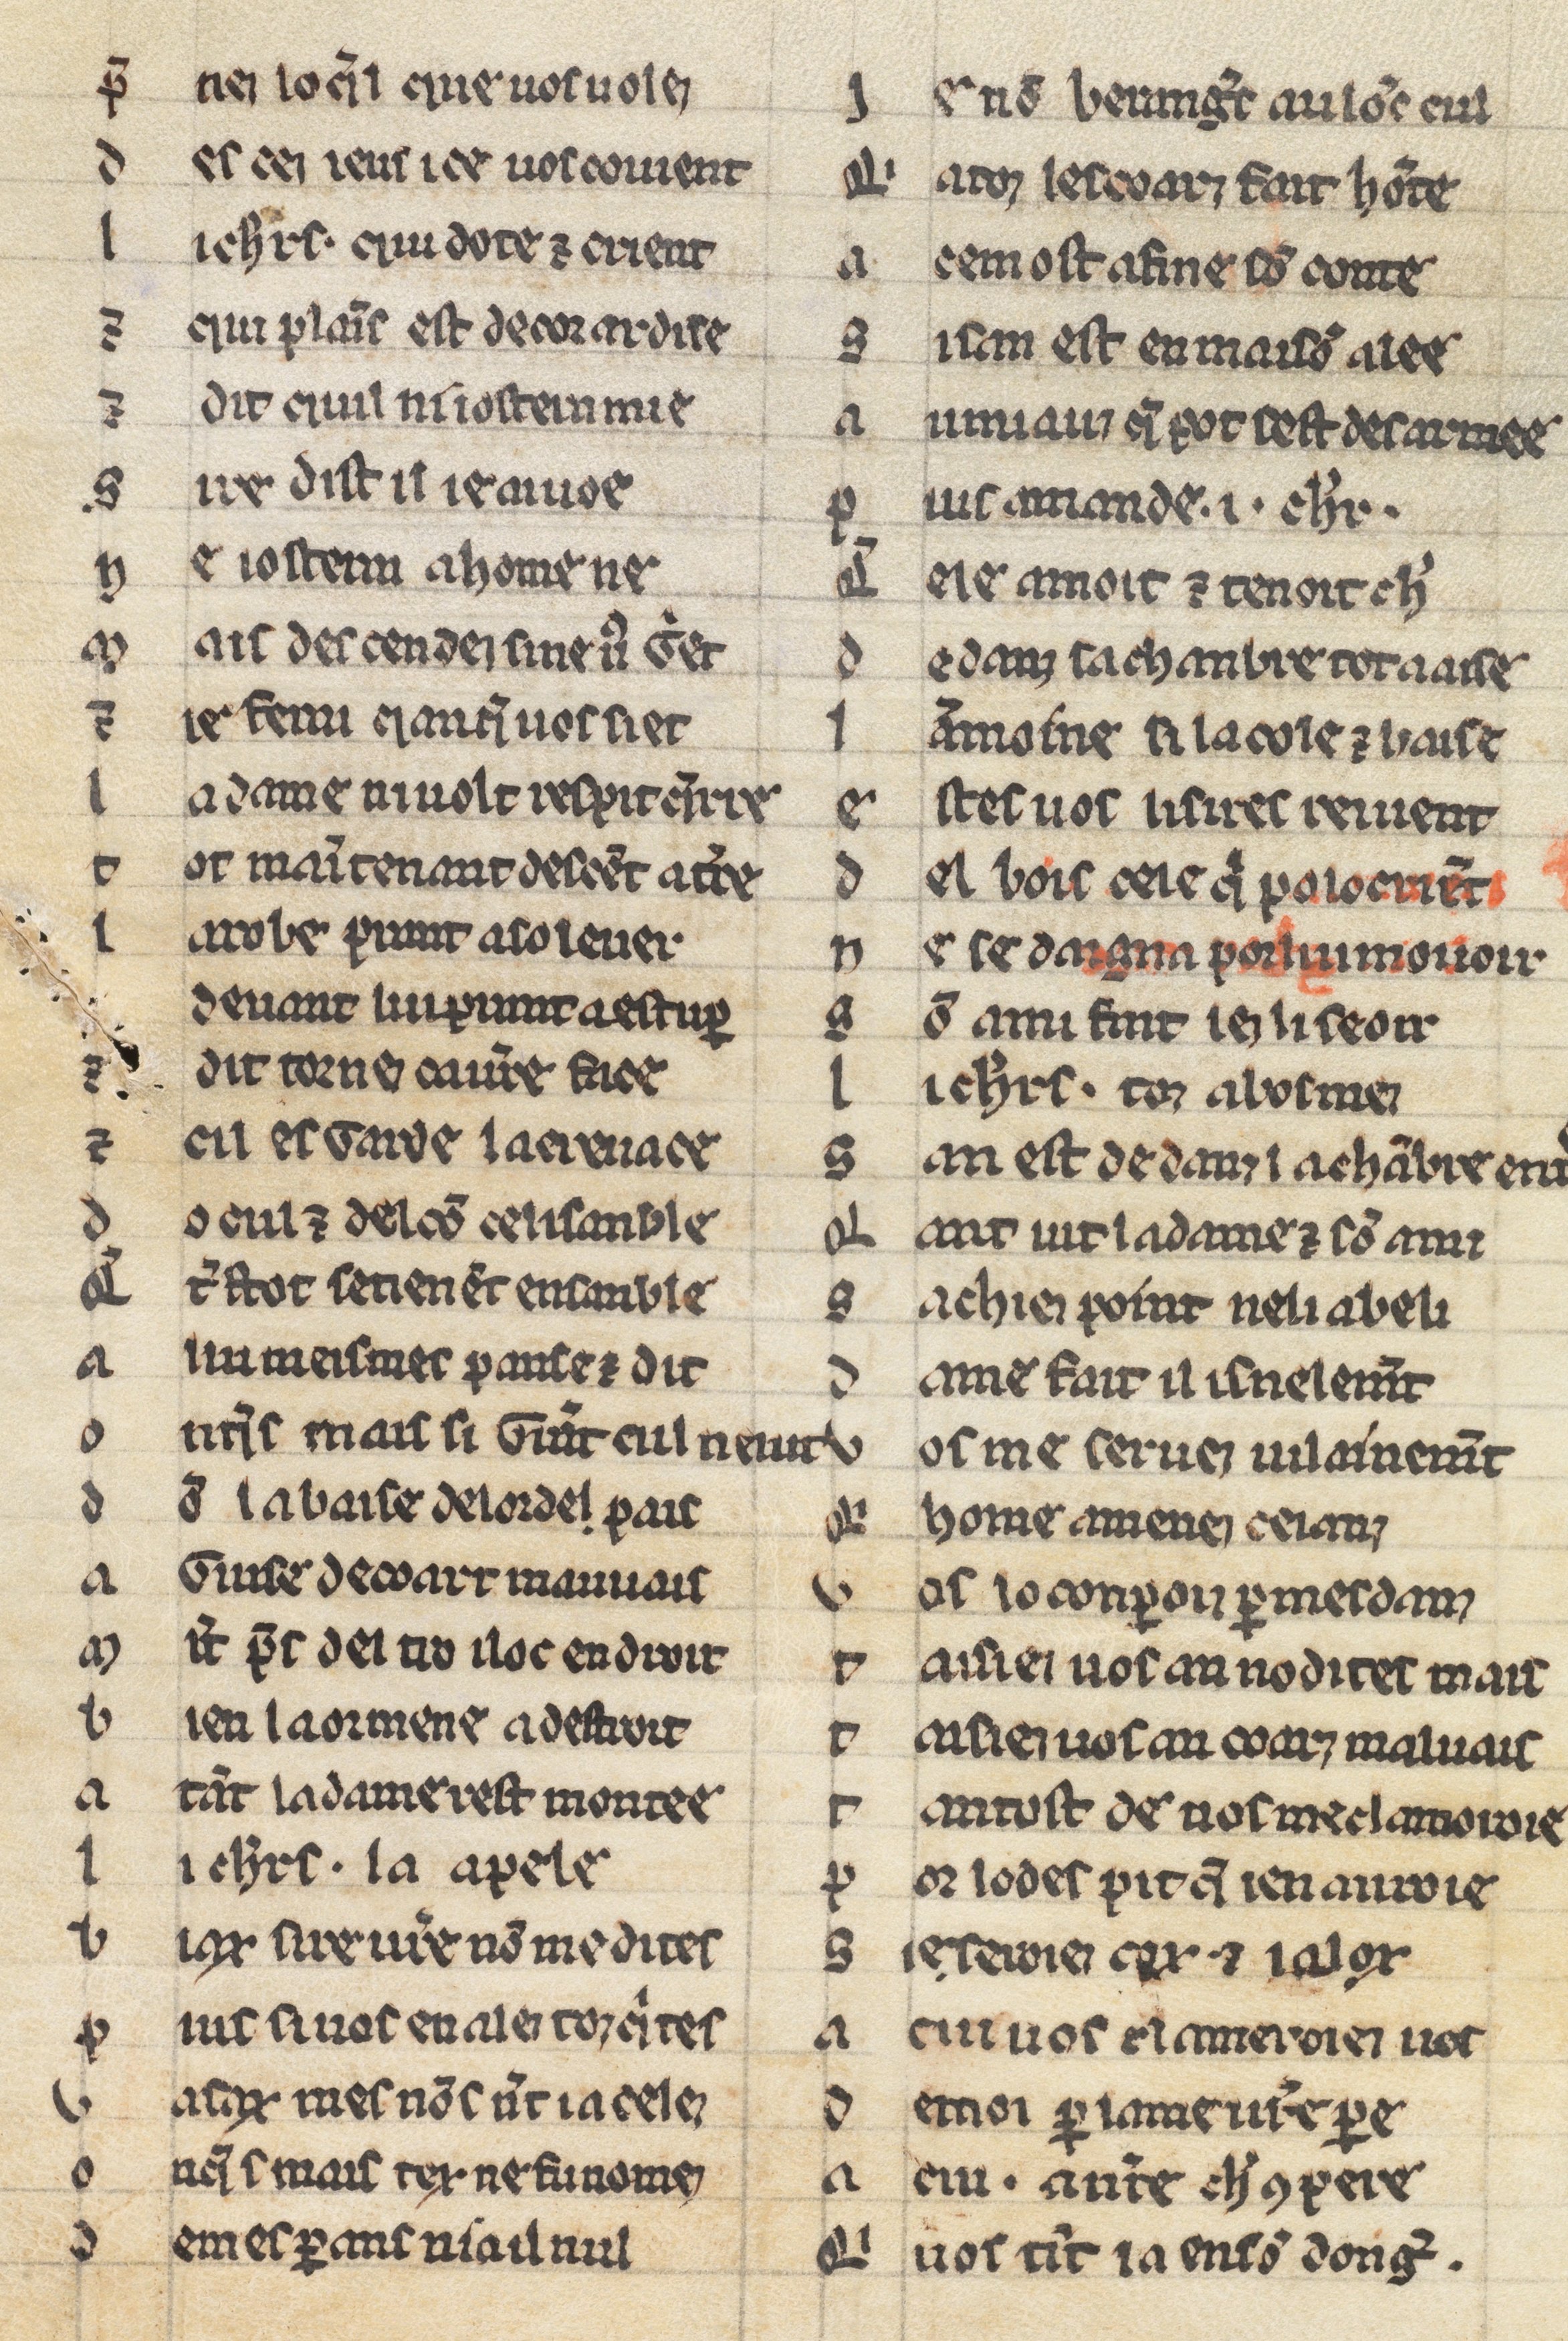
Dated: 1225–1249